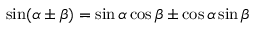
\sin ( \alpha \pm \beta ) = \sin \alpha \cos \beta \pm \cos \alpha \sin \beta